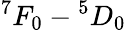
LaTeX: {}^{7}F_{0}-{}^{5}D_{0}